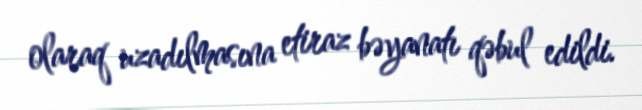
olaraq uzadılmasına etiraz bəyanatı qəbul edildi.